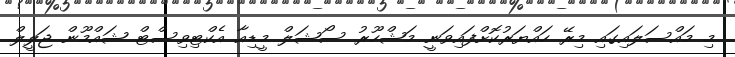
މި މައްސަލައިގައި މިރޭ ހައްޔަރުކޮށްފައިވަނީ މަޝްހޫރު ސޯޝަލް މީޑިއާ އެކްޓިވިސްޓް ޝައްމޫން ޖަލީލް